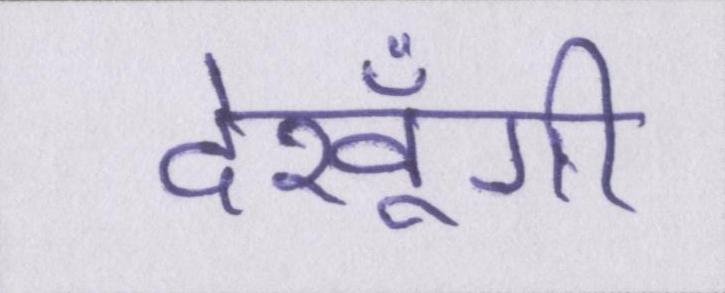
देखूँगी